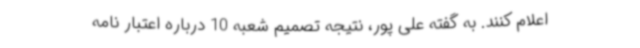
اعلام کنند. به گفته علی پور، نتیجه تصمیم شعبه 10 درباره اعتبار نامه